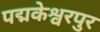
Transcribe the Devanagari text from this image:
पद्मकेश्वरपुर